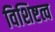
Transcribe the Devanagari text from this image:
विशिष्टत्व